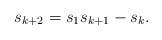
LaTeX: \begin{align*}s_{k+2} = s_1 s_{k+1} - s_k. \end{align*}